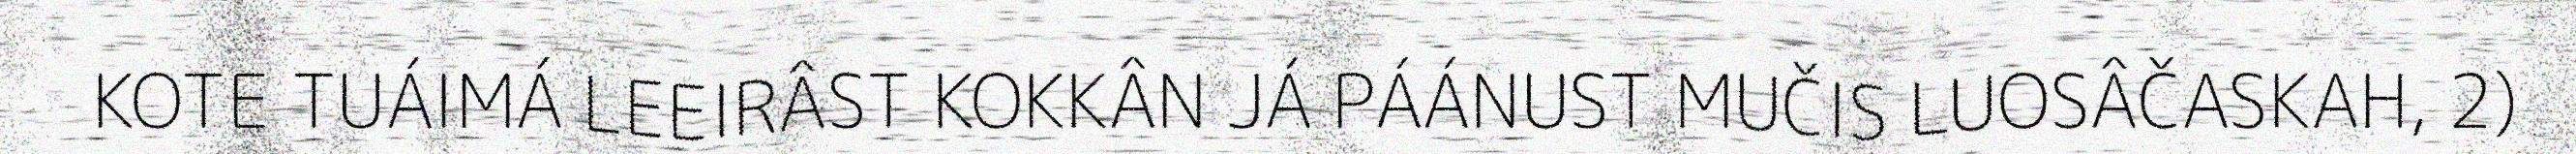
KOTE TUÁIMÁ LEEIRÂST KOKKÂN JÁ PÁÁNUST MUČIS LUOSÂČASKAH, 2)